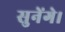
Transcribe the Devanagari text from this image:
सुनेंगे।